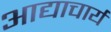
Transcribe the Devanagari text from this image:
आद्याचार्य